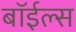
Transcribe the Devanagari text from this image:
बॉईल्स